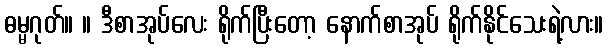
ဓမ္မဂုတ်။ ။ ဒီစာအုပ်လေး ရိုက်ပြီးတော့ နောက်စာအုပ် ရိုက်နိုင်သေးရဲ့လား။